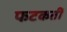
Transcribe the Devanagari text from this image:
फटकतीं